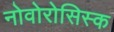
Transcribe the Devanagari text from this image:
नोवोरोसिस्क